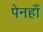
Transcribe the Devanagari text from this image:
पेनहाँ